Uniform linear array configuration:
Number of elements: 48
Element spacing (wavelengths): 0.5
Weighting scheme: hann
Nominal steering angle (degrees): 30
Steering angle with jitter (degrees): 28.92
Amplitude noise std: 0.05
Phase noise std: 0.05

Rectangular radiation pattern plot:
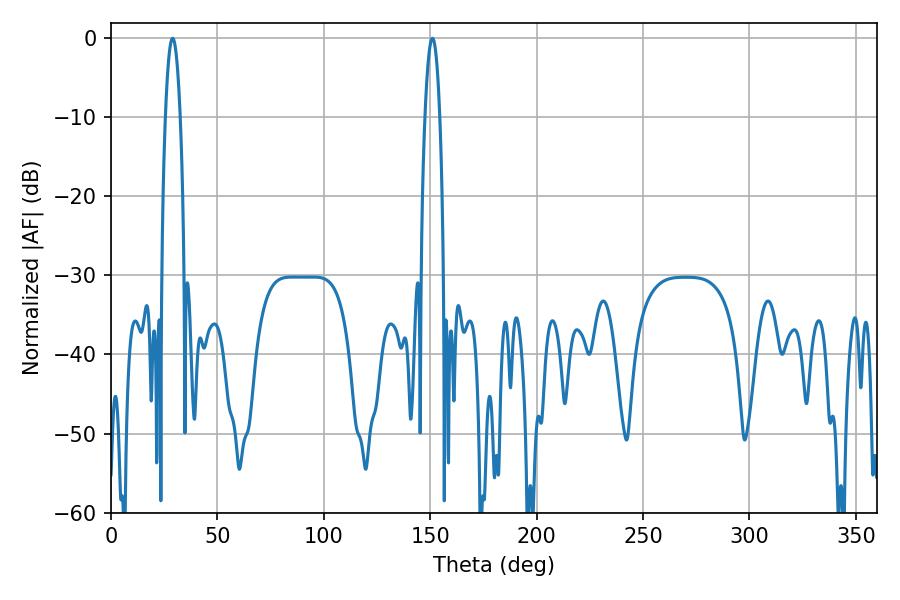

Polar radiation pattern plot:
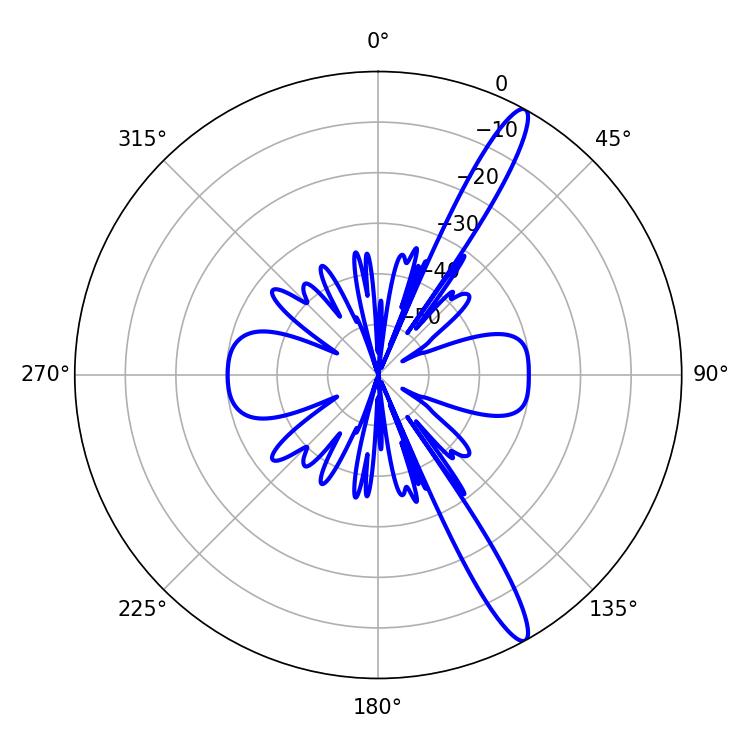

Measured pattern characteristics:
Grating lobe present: FALSE
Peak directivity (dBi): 14.527
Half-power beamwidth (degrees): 3.96
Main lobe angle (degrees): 28.98